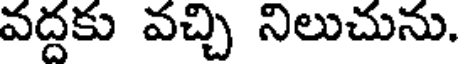
వద్దకు వచ్చి నిలుచును.